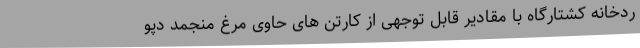
ردخانه کشتارگاه با مقادیر قابل توجهی از کارتن های حاوی مرغ منجمد دپو